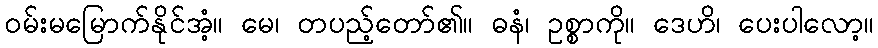
ဝမ်းမမြောက်နိုင်အံ့။ မေ၊ တပည့်တော်၏။ ဓနံ၊ ဥစ္စာကို။ ဒေဟိ၊ ပေးပါလော့။